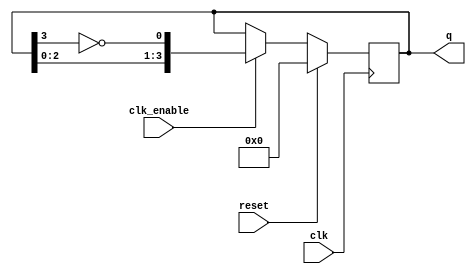
module JohnsonCounter #(
    parameter N = 4 // Number of flip-flops
)(
    input wire clk,            // Clock signal
    input wire reset,          // Synchronous reset signal
    input wire clk_enable,     // Clock enable signal (optional)
    output reg [N-1:0] q       // Output state of the counter
);

// Internal signal for the feedback
wire feedback;

// Assign feedback as the inverted output of the last flip-flop
assign feedback = ~q[N-1];

// Sequential logic for the Johnson counter
always @(posedge clk) begin
    if (reset) begin
        q <= 0; // Reset all flip-flops to 0
    end else if (clk_enable) begin
        // Shift the states according to the Johnson counter logic
        q <= {q[N-2:0], feedback}; // Shift left and insert feedback
    end
end

endmodule